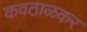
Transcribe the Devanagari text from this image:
कवठाळकर